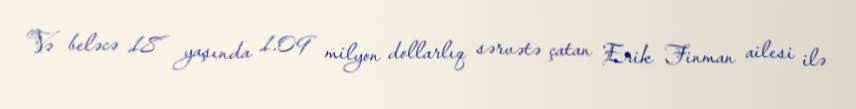
Və beləcə 18 yaşında 1.09 milyon dollarlıq sərvətə çatan Erik Finman ailesi ilə